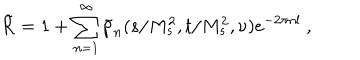
\tilde { \cal R } = 1 + \sum _ { n = 1 } ^ { \infty } \tilde { p } _ { n } ( s / M _ { s } ^ { 2 } , t / M _ { s } ^ { 2 } , \nu ) e ^ { - 2 \pi n l } \ ,